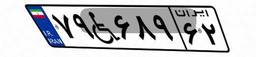
۳۶W۱۰۱۲۹